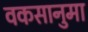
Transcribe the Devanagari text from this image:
वकसानुमा